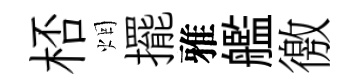
桮烟擺雅艦徼